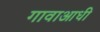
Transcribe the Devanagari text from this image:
गावाआधी